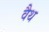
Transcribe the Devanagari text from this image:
वैथ